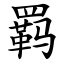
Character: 羁